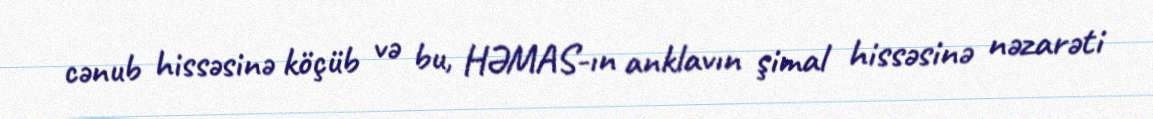
cənub hissəsinə köçüb və bu, HƏMAS-ın anklavın şimal hissəsinə nəzarəti